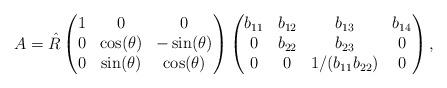
LaTeX: \begin{align*} A=\hat R\begin{pmatrix} 1&0&0\\ 0&\cos(\theta)&-\sin(\theta) \\ 0&\sin(\theta)&\cos(\theta)\end{pmatrix} \begin{pmatrix} b_{11}&b_{12}&b_{13}&b_{14}\\ 0&b_{22}&b_{23}&0\\ 0&0&1/(b_{11}b_{22})&0\end{pmatrix}, \end{align*}